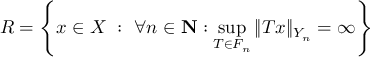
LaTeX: R = \left\{ x \in X \ : \ \forall n \in \mathbf { N } : \sup _ { T \in F _ { n } } \| T x \| _ { Y _ { n } } = \infty \right\}